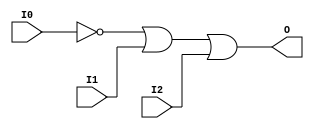
// This program was cloned from: https://github.com/jhshi/openofdm
// License: Apache License 2.0

// $Header: /devl/xcs/repo/env/Databases/CAEInterfaces/verunilibs/data/unisims/OR3B1.v,v 1.6 2007/05/23 21:43:44 patrickp Exp $
///////////////////////////////////////////////////////////////////////////////
// Copyright (c) 1995/2004 Xilinx, Inc.
// All Right Reserved.
///////////////////////////////////////////////////////////////////////////////
//   ____  ____
//  /   /\/   /
// /___/  \  /    Vendor : Xilinx
// \   \   \/     Version : 10.1
//  \   \         Description : Xilinx Functional Simulation Library Component
//  /   /                  3-input OR Gate
// /___/   /\     Filename : OR3B1.v
// \   \  /  \    Timestamp : Thu Mar 25 16:43:31 PST 2004
//  \___\/\___\
//
// Revision:
//    03/23/04 - Initial version.
//    05/23/07 - Changed timescale to 1 ps / 1 ps.
//    05/23/07 - Added wire declaration for internal signals.

`timescale  1 ps / 1 ps


module OR3B1 (O, I0, I1, I2);

    output O;

    input  I0, I1, I2;

    wire i0_inv;

    not N0 (i0_inv, I0);
    or O1 (O, i0_inv, I1, I2);


endmodule